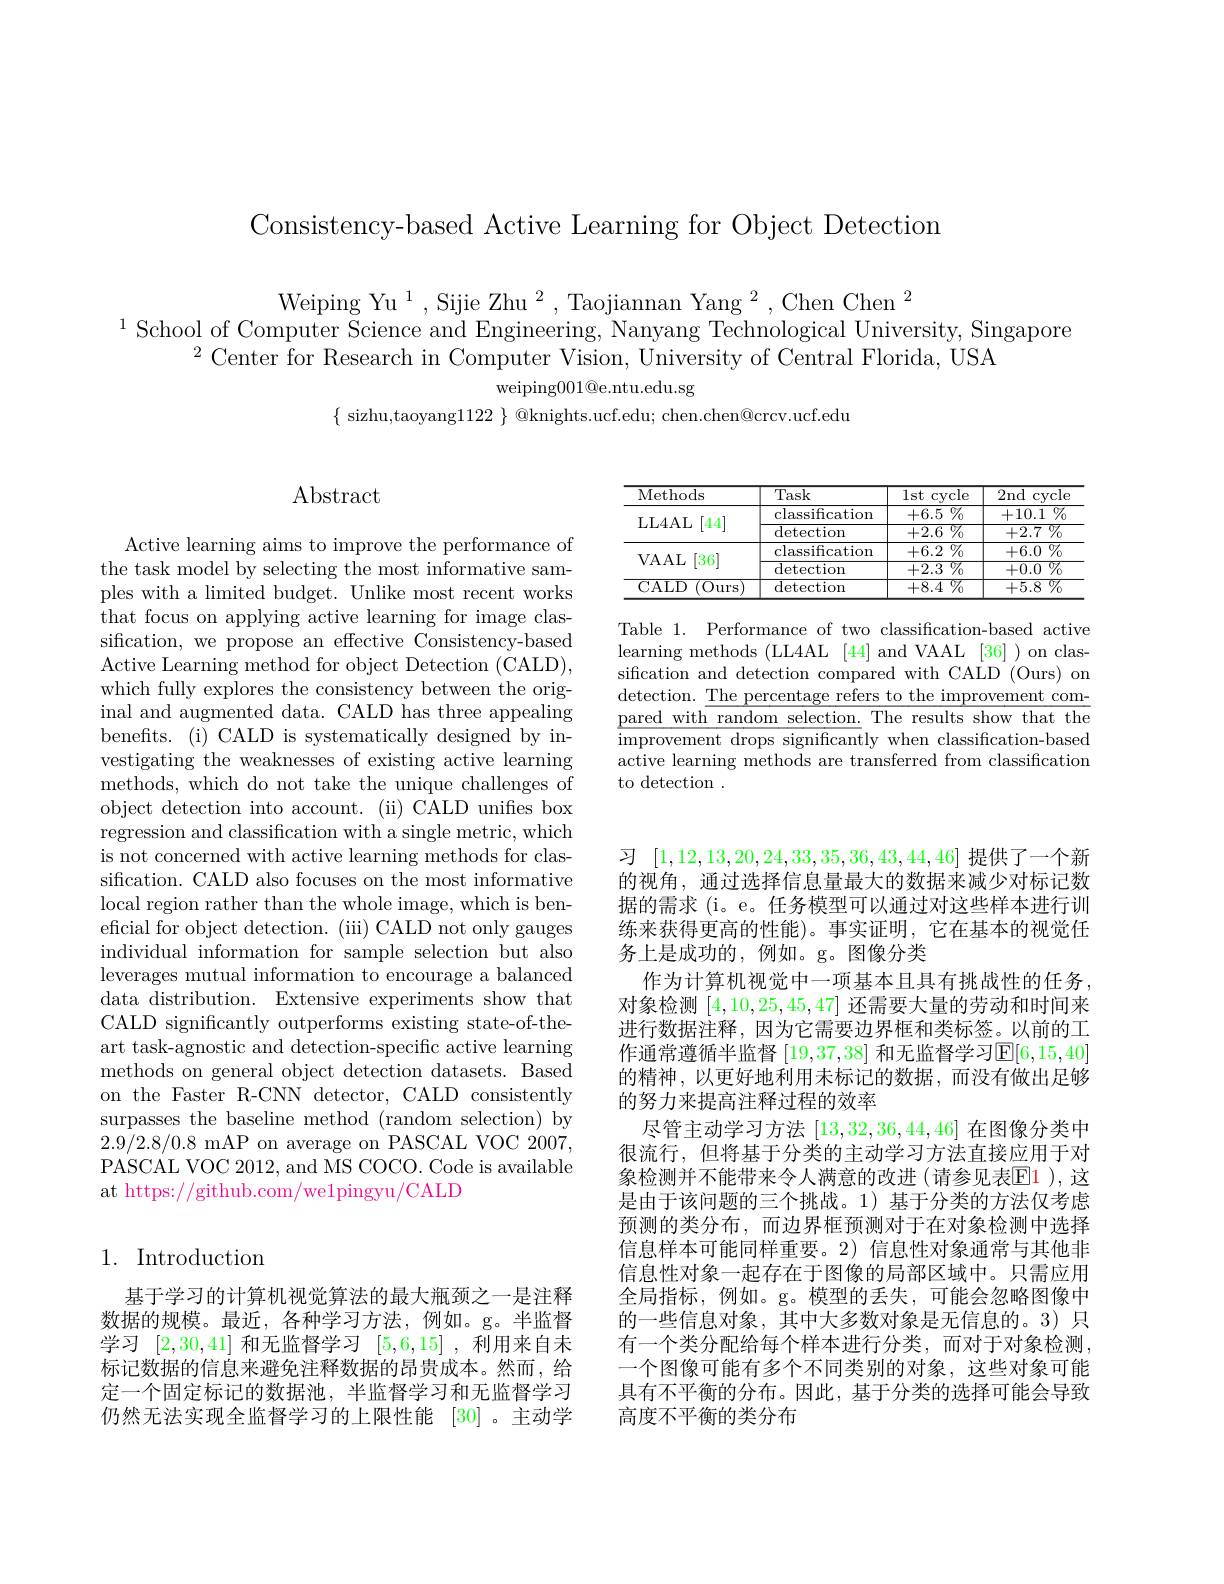
Consistency-based Active Learning for Object Detection

Weiping Yu$^1,\text{Sijie Zhu}^2,\text{Taojiannan Yang}^2,\text{Chen Chen}^2$
$^{1}$School of Computer Science and Engineering, Nanyang Technological University, Singapore
$^{2}$ Center for Research in Computer Vision, University of Central Florida, USA
weiping$001@$e.ntu.edu.sg
$\{$ sizhu,taoyang$1122\}$ @knights.ucf.edu; chen.chen@crcv.ucf.edu

<table>
	<tbody>
		<tr>
			<th>Methods</th>
			<th>Task</th>
			<th>lst cycle</th>
			<th>2nd cycle</th>
		</tr>
		<tr>
			<td rowspan="2">LL4AL [44]</td>
			<td>classification</td>
			<td>$+6.5\%$</td>
			<td>$\%_{0}$ +10.1</td>
		</tr>
		<tr>
			<td>detection</td>
			<td>$+2.6\%$</td>
			<td>$\overline{+2.7}\%$</td>
		</tr>
		<tr>
			<td rowspan="2">$VAAL$ [36] 1</td>
			<td>classification</td>
			<td>$+6.2\%$</td>
			<td>$+6.0\%$</td>
		</tr>
		<tr>
			<td>detection</td>
			<td>$\overline{+2.3}\%$</td>
			<td>${\overline{{\mathrm{77}_{0}}}}$ +0.0 1</td>
		</tr>
		<tr>
			<td>CALD (0urs</td>
			<td>detection</td>
			<td>$\overline{1\%}$ +8.4</td>
			<td>$\overline {8}$ $\%$ +5.8</td>
		</tr>
	</tbody>
</table>

Table 1. Performance of two classification-based active learning methods (LL4AL [44] and VAAL [36] ) on classification and detection compared with CALD (Ours) on detection. $\underline\text{The percentage refers to the improvement com-}$ pared with random selection. The results show that the improvement drops significantly when classification-based active learning methods are transferred from classification to detection .

## 1. Introduction

基于学习的计算机视觉算法的最大瓶颈之一是注释数据的规模。最近，各种学习方法，例如。g。半监督学习[2,30,41]和无监督学习[5,6,15] ,利用来自未标记数据的信息来避免注释数据的昂贵成本。然而，给定一个固定标记的数据池，半监督学习和无监督学习仍然无法实现全监督学习的上限性能 [30]。主动学

Abstract

Active learning aims to improve the performance of the task model by selecting the most informative samples with a limited budget. Unlike most recent works that focus on applying active learning for image classification, we propose an effective Consistency-based Active Learning method for object Detection (CALD), which fully explores the consistency between the original and augmented data. CALD has three appealing benefits. (i) CALD is systematically designed by investigating the weaknesses of existing active learning methods, which do not take the unique challenges of object detection into account. (ii) CALD unifies box regression and classification with a single metric, which is not concerned with active learning methods for classification. CALD also focuses on the most informative local region rather than the whole image, which is beneficial for object detection. (iii) CALD not only gauges individual information for sample selection but also leverages mutual information to encourage a balanced data distribution. Extensive experiments show that CALD significantly outperforms existing state-of-theart task-agnostic and detection-specific active learning methods on general object detection datasets. Based on the Faster R-CNN detector, CALD consistently surpasses the baseline method (random selection) by 2.9/2.8/0.8 mAP on average on PASCAL VOC 2007, PASCAL VOC 2012, and MS COCO. Code is available at https://github.com/we1pingyu/CALD

习[1,12,13,20,24,33,35,36,43,44,46]提供了一个新的视角，通过选择信息量最大的数据来减少对标记数据的需求 (i。e。任务模型可以通过对这些样本进行训练来获得更高的性能)。事实证明，它在基本的视觉任务上是成功的，例如。g。图像分类
作为计算机视觉中一项基本且具有挑战性的任务， 对象检测[4,10,25,45,47]还需要大量的劳动和时间来进行数据注释，因为它需要边界框和类标签。以前的工作通常遵循半监督 [19,37,38] 和无监督学习$\mathbb{E}[6,15,40]$ 的精神，以更好地利用未标记的数据，而没有做出足够的努力来提高注释过程的效率
尽管主动学习方法[13,32,36,44,46]在图像分类中很流行，但将基于分类的主动学习方法直接应用于对象检测并不能带来令人满意的改进(请参见表E1 ),这是由于该问题的三个挑战。1)基于分类的方法仅考虑预测的类分布，而边界框预测对于在对象检测中选择信息样本可能同样重要。2) 信息性对象通常与其他非信息性对象一起存在于图像的局部区域中。只需应用全局指标，例如。g。模型的丢失，可能会忽略图像中的一些信息对象，其中大多数对象是无信息的。3) 只有一个类分配给每个样本进行分类，而对于对象检测， 一个图像可能有多个不同类别的对象，这些对象可能具有不平衡的分布。因此，基于分类的选择可能会导致高度不平衡的类分布